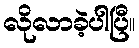
လိုလာခဲ့ပါပြီ။